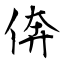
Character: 倴